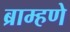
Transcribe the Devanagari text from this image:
ब्राम्हणे